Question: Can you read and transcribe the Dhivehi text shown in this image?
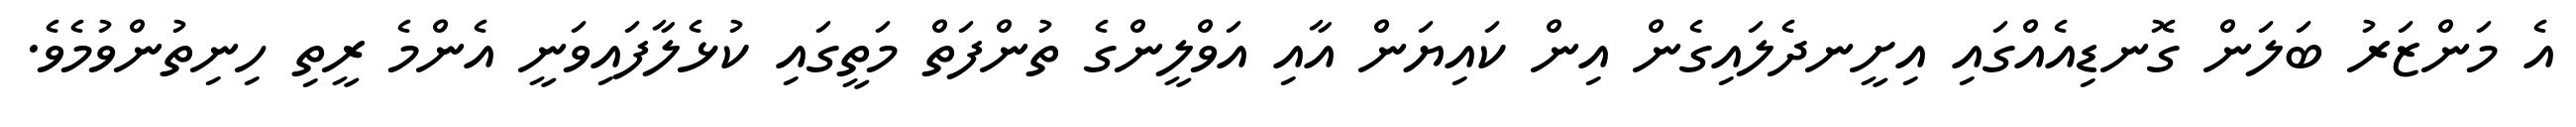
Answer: އެ މަންޒަރު ބަލަން ގޮނޑިއެއްގައި އިށީނދެލައިގެން އިން ކައިޔަން އާއި އަވްލީންގެ ތުންފަތް މަތީގައި ކުޅެލާފައިވަނީ އެންމެ ރީތި ހިނިތުންވުމެވެ.